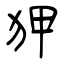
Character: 狎